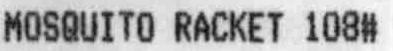
MOSQUITO RACKET 108#